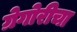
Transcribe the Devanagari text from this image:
ग्रेगोरीचा